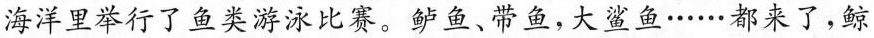
海洋里举行了鱼类游泳比赛。鲈鱼、带鱼，大鲨鱼……都来了，鲸